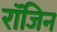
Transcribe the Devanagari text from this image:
रॉजिन